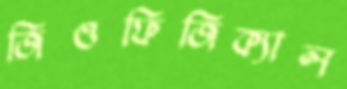
জিওফিজিক্যাল